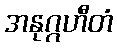
အနုဂ္ဂဟီတံ